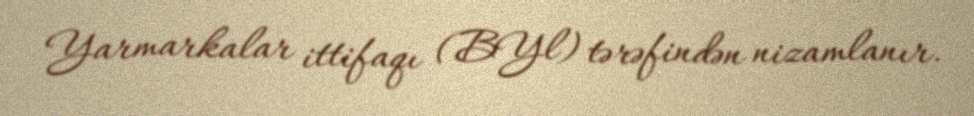
Yarmarkalar ittifaqı (BYl) tərəfindən nizamlanır.